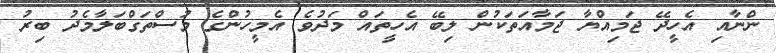
ންނާއި އެހީދޭ ޖަމިއްޔާ ޖަމާއަތަކުން ލިބޭ އެހީތައް މަދުވެ އެމީހުންގެ މުސްތަގްބަލާމެދު ބިރު